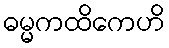
ဓမ္မကထိကေဟိ